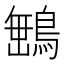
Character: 𮬿